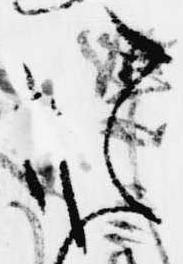
お